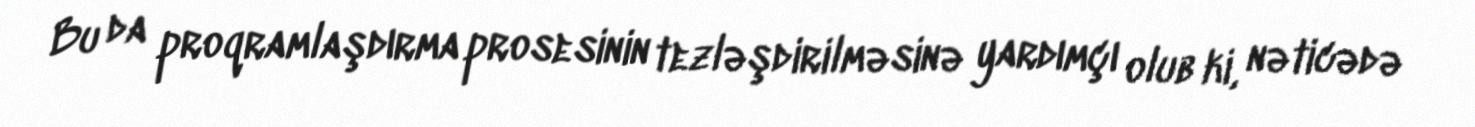
Bu da proqramlaşdırma prosesinin tezləşdirilməsinə yardımçı olub ki, nəticədə